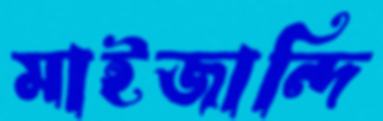
মাইজান্দি